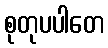
စုတုပပါတေ